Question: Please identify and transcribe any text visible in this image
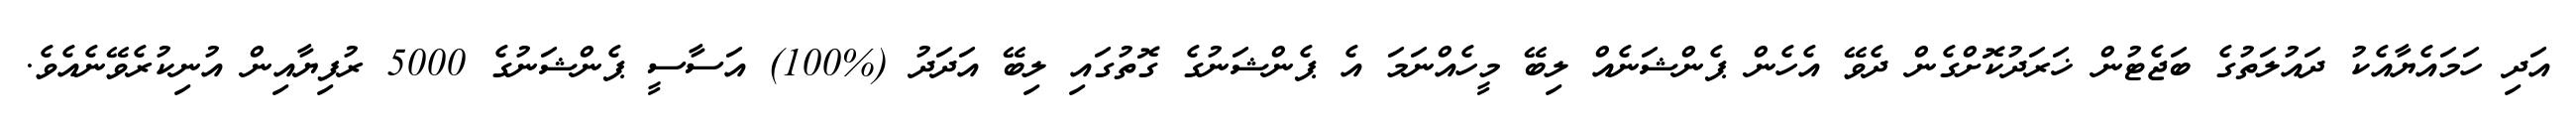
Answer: އަދި ހަމައެޔާއެކު ދައުލަތުގެ ބަޖެޓުން ޚަރަދުކޮށްގެން ދެވޭ އެހެން ޕެންޝަނެއް ލިބޭ މީހެއްނަމަ އެ ޕެންޝަނުގެ ގޮތުގައި ލިބޭ އަދަދު (%100) އަސާސީ ޕެންޝަނުގެ 5000 ރުފިޔާއިން އުނިކުރެވޭނެއެވެ.